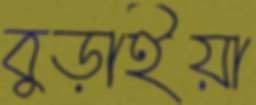
বুড়াইয়া